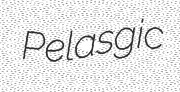
Pelasgic